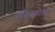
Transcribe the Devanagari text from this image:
सॅक्सिकोला